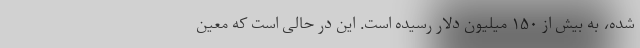
شده، به بیش از ۱۵۰ میلیون دلار رسیده است. این در حالی است که معین